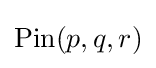
{\text{Pin}}(p,q,r)